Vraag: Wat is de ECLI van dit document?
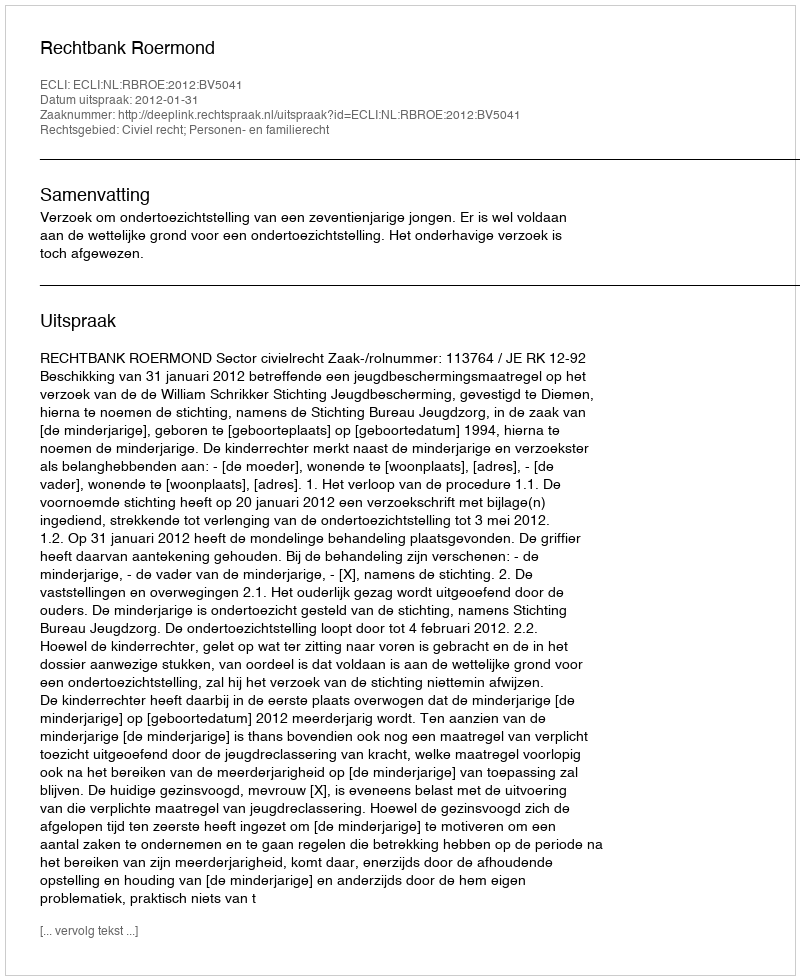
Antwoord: ECLI:NL:RBROE:2012:BV5041